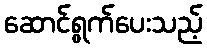
ဆောင်ရွက်ပေးသည့်